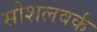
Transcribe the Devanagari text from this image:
सोशलवर्क